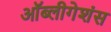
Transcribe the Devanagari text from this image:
ऑब्लीगेशंस